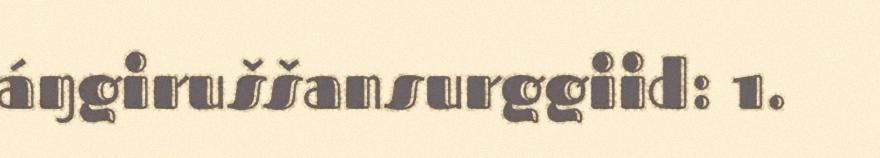
áŋgiruššansurggiid: 1.